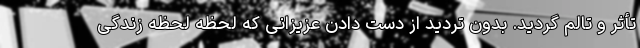
تأثر و تالم گردید. بدون تردید از دست دادن عزیزانی که لحظه لحظه زندگی